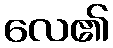
လေ၏